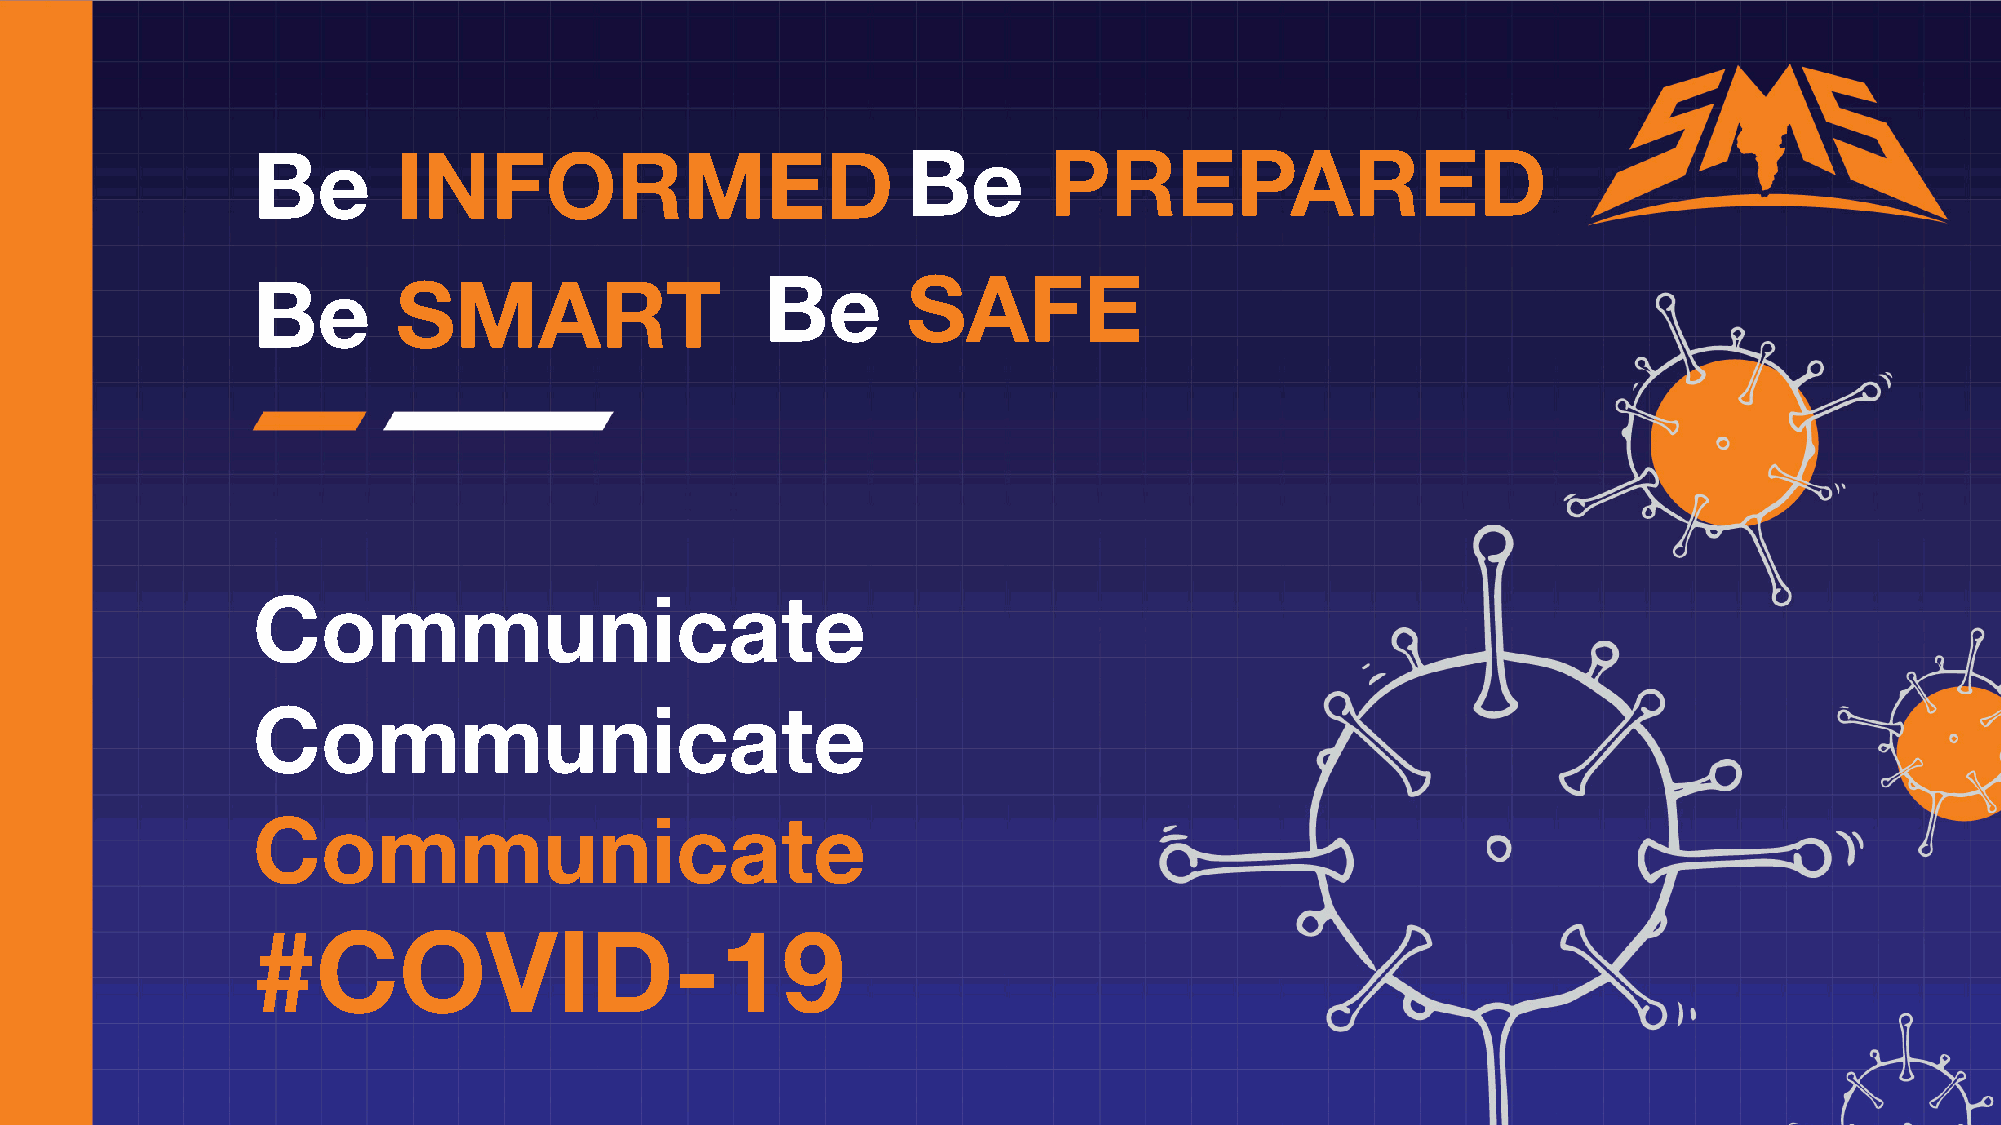
Be       INFORMED                          Be       PREPARED
 Be       SMART                    Be       SAFE
 Communicate
 Communicate
 Communicate
 #COVID-19